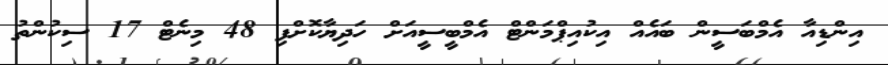
އިންޑިއާ އެމްބަސީން ބައެއް އިކުއިޕްމަންޓް އެމްބީސީއަށް ހަދިޔާކޮށްފި 48 މިނެޓް 17 ސިކުންތު